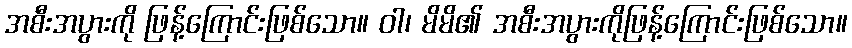
အစီးအပွားကို ဖြန့်ကြောင်းဖြစ်သော။ ဝါ၊ မိမိ၏ အစီးအပွားကိုဖြန့်ကြောင်းဖြစ်သော။